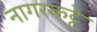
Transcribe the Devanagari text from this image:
नागरकट्टे